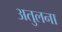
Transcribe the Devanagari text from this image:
अतुलना